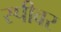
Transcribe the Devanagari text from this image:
स्पीवर